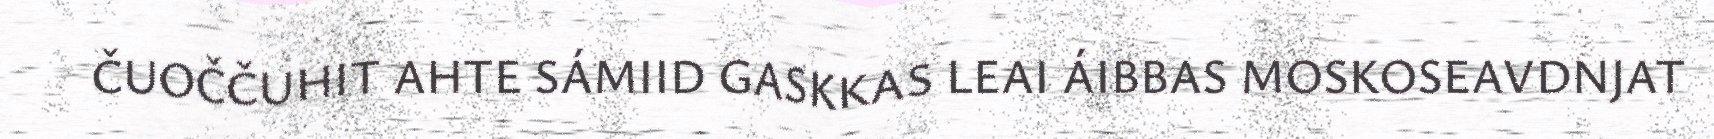
ČUOČČUHIT AHTE SÁMIID GASKKAS LEAI ÁIBBAS MOSKOSEAVDNJAT